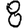
Digit: 8